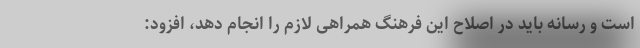
است و رسانه باید در اصلاح این فرهنگ همراهی لازم را انجام دهد، افزود: